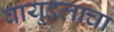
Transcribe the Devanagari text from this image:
वायूदलाचा